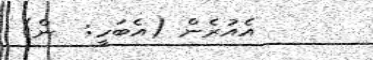
އެއުރެން (އެބަހީ:  ން)